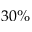
3 0 \%